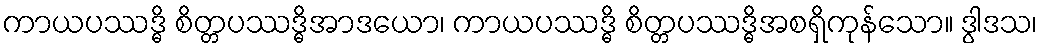
ကာယပဿဒ္ဓိ စိတ္တပဿဒ္ဓိအာဒယော၊ ကာယပဿဒ္ဓိ စိတ္တပဿဒ္ဓိအစရှိကုန်သော။ ဒွါဒသ၊